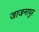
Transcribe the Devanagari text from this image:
जाजनापुर